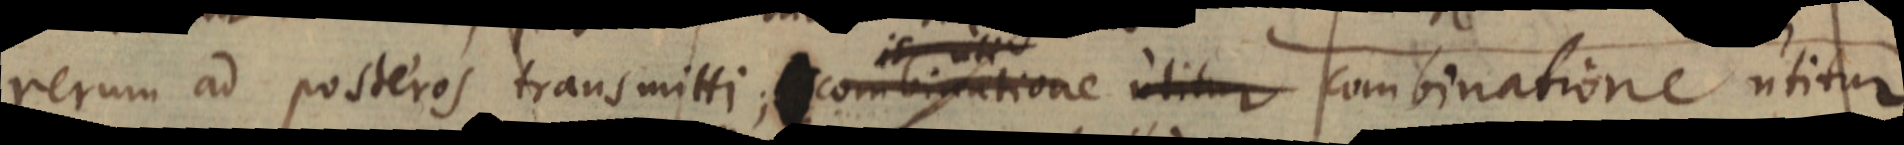
rerum ad posteros transmitti; combinatione utitur combinatione utitur